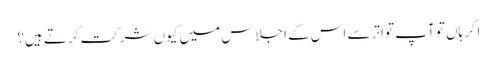
اگر ہاں تو آپ تواتر سے اس کے اجلاس میں کیوں شرکت کرتے ہیں؟